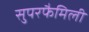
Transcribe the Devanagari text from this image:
सुपरफैमिली